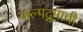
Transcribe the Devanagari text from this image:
कल्पद्रुमाची